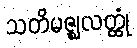
သတိမဇ္ဈလတ္ထုံ